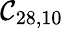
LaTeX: \mathcal{C}_{28,10}